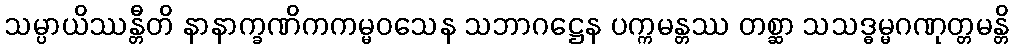
သမ္ပာယိဿန္တီတိ နာနာက္ခဏိကကမ္မဝသေန သဘာဂဋ္ဌေန ပက္ကမန္တဿ တစ္ဆာ သသဒ္ဓမ္မဂဏုတ္တမန္တိ